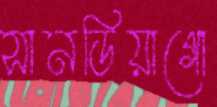
সানডিয়াগো